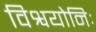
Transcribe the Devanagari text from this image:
विश्वयोनिः